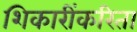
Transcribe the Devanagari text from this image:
शिकारींकरिता